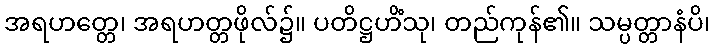
အရဟတ္တေ၊ အရဟတ္တဖိုလ်၌။ ပတိဋ္ဌဟိံသု၊ တည်ကုန်၏။ သမ္ပတ္တာနံပိ၊